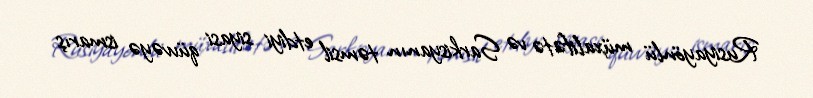
Rusiyayönlü müxalifətə və Sarkisyanın təmsil etdiyi siyasi qüvvəyə ismarış